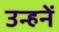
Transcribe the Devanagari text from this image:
उन्हनें